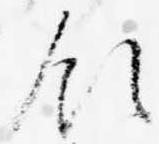
領